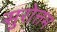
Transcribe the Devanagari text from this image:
सुरोत्तम